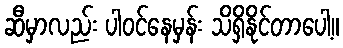
ဆီမှာလည်း ပါဝင်နေမှန်း သိရှိနိုင်တာပေါ့။